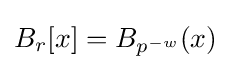
\textstyle B_{r}[x]=B_{p^{-w}}(x)